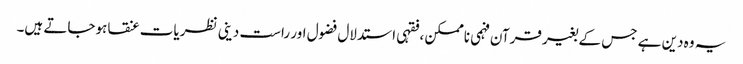
یہ وہ دین ہے جس کے بغیر قرآن فہمی ناممکن ،فقہی استدلال فضول اور راست دینی نظریات عنقا ہوجاتے ہیں۔